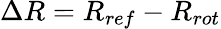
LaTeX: \Delta R=R_{ref}-R_{rot}